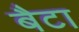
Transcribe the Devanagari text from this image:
बैटा